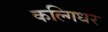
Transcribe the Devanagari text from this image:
कल्गिधर